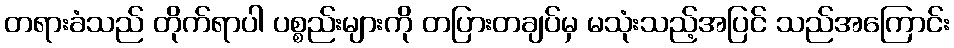
တရားခံသည် တိုက်ရာပါ ပစ္စည်းများကို တပြားတချပ်မှ မသုံးသည့်အပြင် သည်အကြောင်း